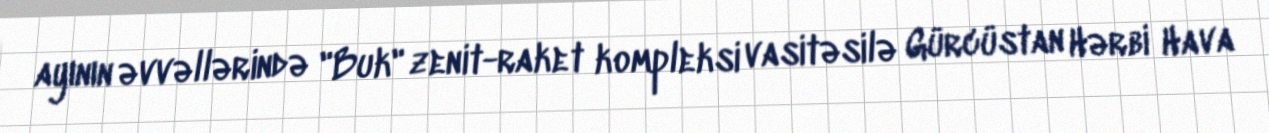
ayının əvvəllərində "Buk" zenit-raket kompleksi vasitəsilə Gürcüstan Hərbi Hava